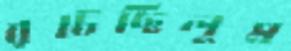
রটেছিলুম